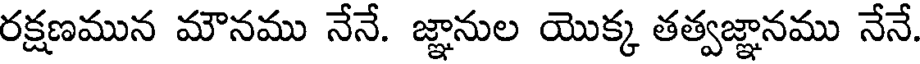
రక్షణమున మౌనము నేనే. జ్ఞానుల యొక్క తత్వజ్ఞానము నేనే.